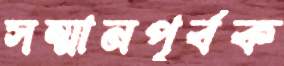
সম্মানপূর্বক